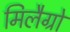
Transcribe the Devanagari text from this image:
मिलैग्रो